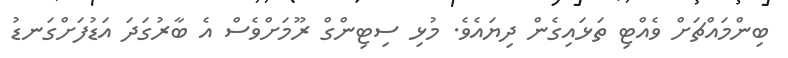
ބިންމައްޗަށް ވެއްޓި ތަޅައިގެން ދިޔައެވެ. މުޅި ސިޓިންގް ރޫމަށްވެސް އެ ބާރުގަދަ އަޑުފަށްގަނޑު